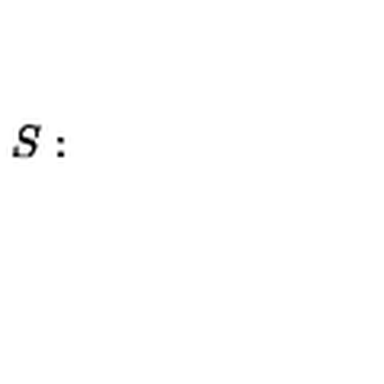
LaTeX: S :